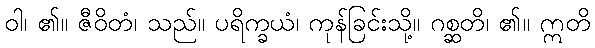
ဝါ၊ ၏။ ဇီဝိတံ၊ သည်။ ပရိက္ခယံ၊ ကုန်ခြင်းသို့။ ဂစ္ဆတိ၊ ၏။ ဣတိ